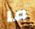
ما